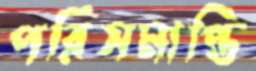
পরিসমাপ্তি